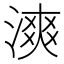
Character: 漺